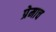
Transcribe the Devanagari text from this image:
प्रेमाच